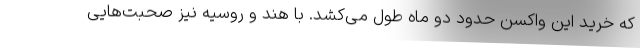
که خرید این واکسن حدود دو ماه طول می‌کشد. با هند و روسیه نیز صحبت‌هایی